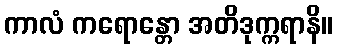
ကာလံ ကရောန္တော အတိဒုက္ကရာနိ။